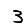
Digit: 3